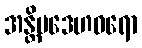
အန္တိမဒေဟဓရော